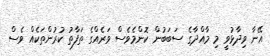
އޭނާ ވިދާޅުވީ މި މާއްދާގެ ސަބަބުން ކޮންމެވެސް ވަރެއްގެ ތަފާތު ކުރުންތަކެއް ވެސް